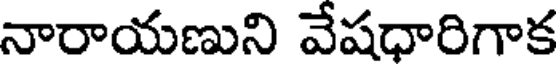
నారాయణుని వేషధారిగాక